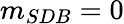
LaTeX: m_{SDB}=0